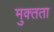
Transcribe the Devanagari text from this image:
मुक्‍तता